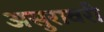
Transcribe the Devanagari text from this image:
असुरावरी